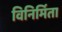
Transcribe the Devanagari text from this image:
विनिर्मिता